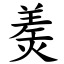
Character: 㷢